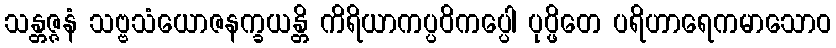
သန္တဇ္ဇနံ သဗ္ဗသံယောဇနက္ခယန္တိ ကိရိယာကပ္ပဝိကပ္ပေါ ပုပ္ဖိတေ ပရိဟာရေကမာသောဝ